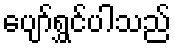
ပျော်ရွှင်ပါသည်